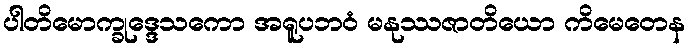
ပါတိမောက္ခုဒ္ဒေသကော အရူပဘဝံ မနုဿဇာတိယော ကိမေတေန